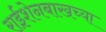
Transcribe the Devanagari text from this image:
राईशेनबाखच्या